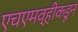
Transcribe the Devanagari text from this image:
एचएमव्हीकडून